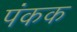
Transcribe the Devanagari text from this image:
पंकक